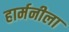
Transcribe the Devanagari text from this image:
हार्मनीला